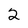
Character: 2